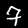
Digit: 7